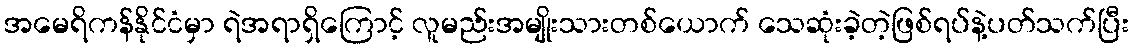
အမေရိကန်နိုင်ငံမှာ ရဲအရာရှိကြောင့် လူမည်းအမျိုးသားတစ်ယောက် သေဆုံးခဲ့တဲ့ဖြစ်ရပ်နဲ့ပတ်သက်ပြီး